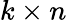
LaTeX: k\times n